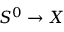
S ^ { 0 } \to X